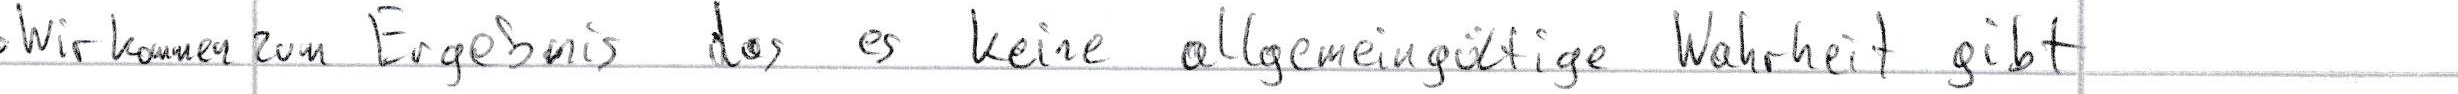
Wir kommen zum Ergebnis das es keine allgemeingültige Wahrheit gibt